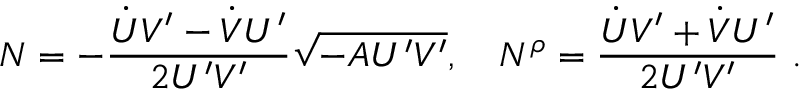
N = - \frac { \dot { U } V ^ { \prime } - \dot { V } U ^ { \prime } } { 2 U ^ { \prime } V ^ { \prime } } \sqrt { - A U ^ { \prime } V ^ { \prime } } , \quad N ^ { \rho } = \frac { \dot { U } V ^ { \prime } + \dot { V } U ^ { \prime } } { 2 U ^ { \prime } V ^ { \prime } } \ .